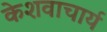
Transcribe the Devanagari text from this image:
केशवाचार्य